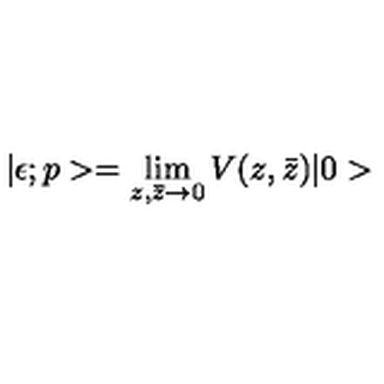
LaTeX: | \epsilon ; p > = \lim _ { z , \bar { z } \rightarrow 0 } V ( z , \bar { z } ) | 0 >